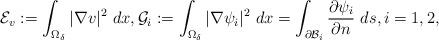
LaTeX: \begin{align*} \mathcal{E}_v:= \int_{\Omega_\delta}|\nabla v|^2~dx, \mathcal{G}_i:= \int_{\Omega_\delta}|\nabla \psi_i|^2~dx=\int_{\partial \mathcal{B}_i}\frac{\partial \psi_i}{\partial n}~ds, i=1,2,\end{align*}